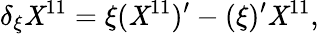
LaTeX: \delta_{\xi}\mathit{X}^{11}=\xi(\mathit{X}^{11})^{\prime}-(\xi)^{\prime}\mathit{X}^{11},